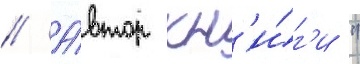
// А́втор кн'и́г'и "